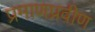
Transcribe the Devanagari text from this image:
प्रमाणप्रवीण